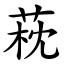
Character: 萙